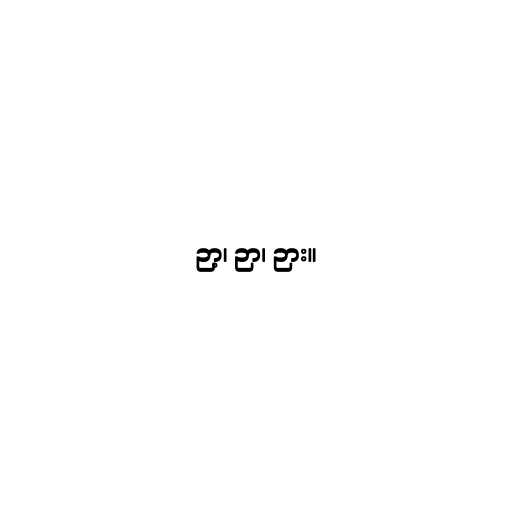
ဉာ့၊ ဉာ၊ ဉား။